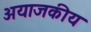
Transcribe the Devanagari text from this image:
अयाजकीय